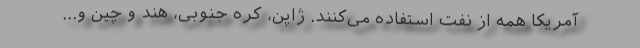
آمریکا همه از نفت استفاده می‌کنند. ژاپن، کره جنوبی، هند و چین و...